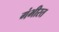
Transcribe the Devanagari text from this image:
गंभीरत